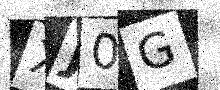
Text: XJ0G